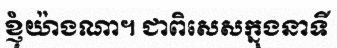
ខ្ញុំយ៉ាងណា។ ជាពិសេសក្នុងនាទី